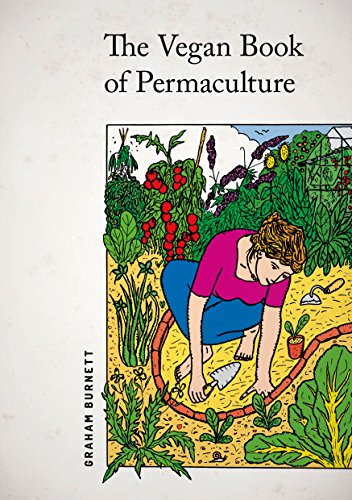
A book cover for The Vegan Book of Permaculture: Recipes for Healthy Eating and Earthright Living; Graham Burnett; Cookbooks, Food & Wine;